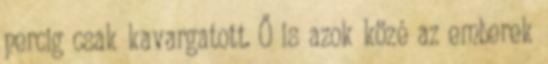
percig csak kavargatott. Ő is azok közé az emberek